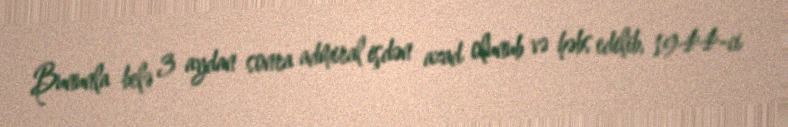
Bununla belə 3 aydan sonra admiral işdən azad olunub və həbs edilib, 1944-ci